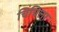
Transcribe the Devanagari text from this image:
चिंचिला